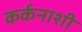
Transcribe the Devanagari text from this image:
कर्कनाशी